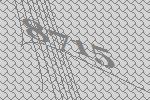
8715